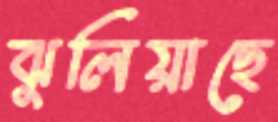
ঝুলিয়াছে